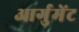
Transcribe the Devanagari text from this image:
आर्गुमेंट